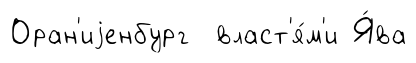
Оран'иjенбург власт'я́м'и Я́ва